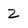
Character: Z